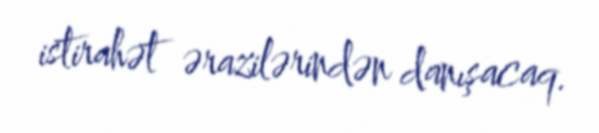
istirahət ərazilərindən danışacaq.